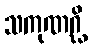
သကုဏဂ္ဃိ